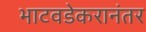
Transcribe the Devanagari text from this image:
भाटवडेकरानंतर